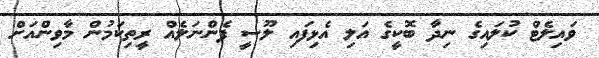
ވައިލެޓް ކުލައިގެ ނިދާ ބޮކީގެ އަލި އެޅިފައި ލޫސީ ފެންނަލެއް ރީތިކަމުން މާވިންއަށް